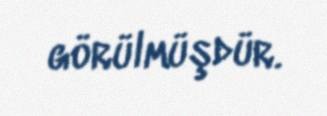
görülmüşdür.